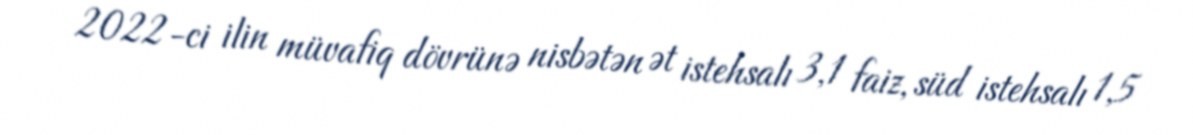
2022-ci ilin müvafiq dövrünə nisbətən ət istehsalı 3,1 faiz, süd istehsalı 1,5